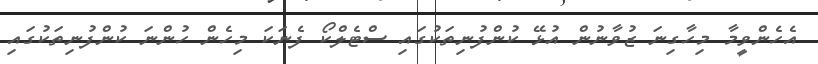
އެހެންވީމާ މިހާގިނަ ޒުވާނުން އުޅޭ ކުންފުނިތަކުގައި ސްޓެލްކޯ ފެނަކަ މިހެން ހުންނަ ކުންފުނިތަކުގައި